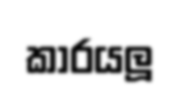
කාරයලූ